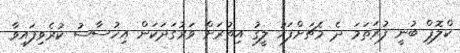
ކްލޮޕް ބުނީ ފުރަތަމަ ދެ މެޗަށްފަހު ލީގު އިތުރަށް ވަރުގަދަކަން އިހުސާސު ކުރެވިފައިވާ